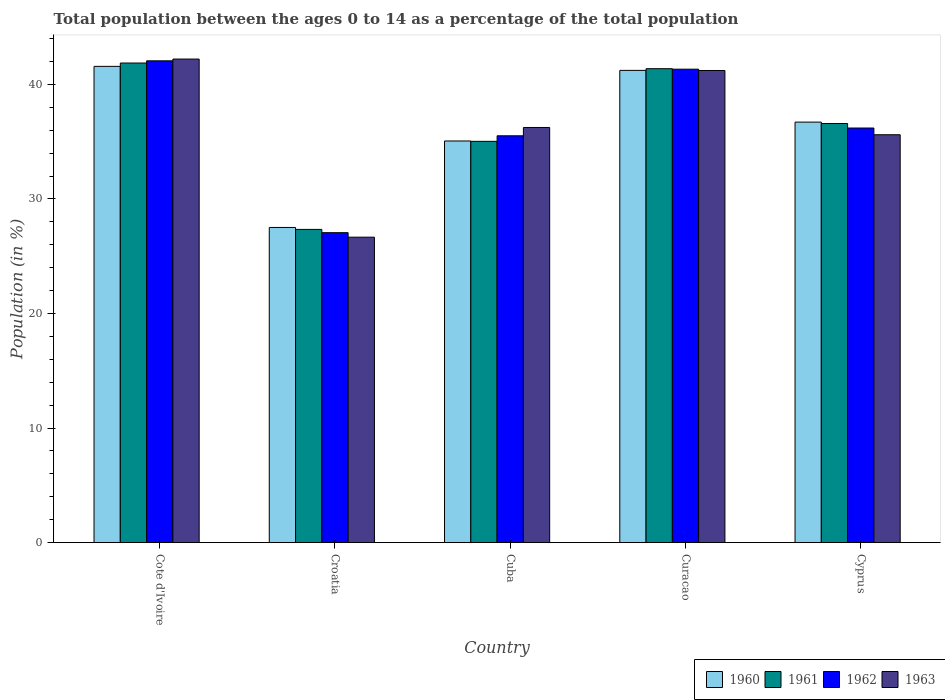
| Country | 1960 | 1961 | 1962 | 1963 |
 | --- | --- | --- | --- | --- |
 | Cote d'Ivoire | 41.6 | 41.9 | 42.1 | 42.2 |
 | Croatia | 27.5 | 27.3 | 27.1 | 26.7 |
 | Cuba | 35.1 | 35 | 35.5 | 36.2 |
 | Curacao | 41.2 | 41.4 | 41.3 | 41.2 |
 | Cyprus | 36.7 | 36.6 | 36.2 | 35.6 |